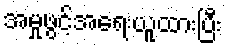
အမှုဖွင့်အရေးယူထားပြီး